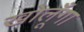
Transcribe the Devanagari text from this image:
खोलूँगा